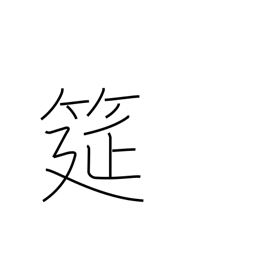
Meaning: straw mat